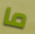
ما